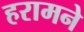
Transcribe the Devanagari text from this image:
हरामने